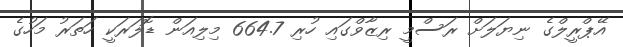
އޭޕްރީލްގެ ނިޔަލަށް ރަސްމީ ރިޒާވްގައި ހުރި 664.7 މިލިއަން ޑޮލަރަކީ ހަތަރު މަހުގެ